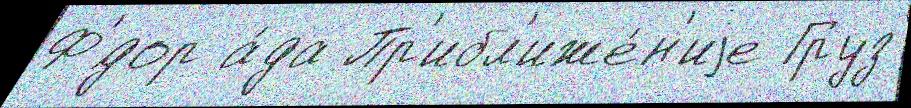
Ф'́дор а́да Пр'ибл'иже́н'иjе Груз